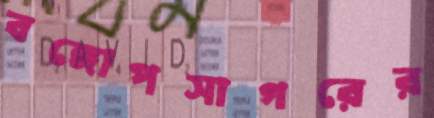
বঙ্গোপসাগরের